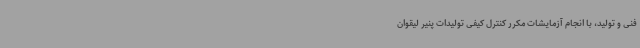
فنی و تولید، با انجام آزمایشات مکرر کنترل کیفی تولیدات پنیر لیقوان